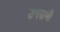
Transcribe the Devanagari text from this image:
उनसभी